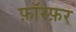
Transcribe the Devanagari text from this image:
फ़ॉस्फ़र